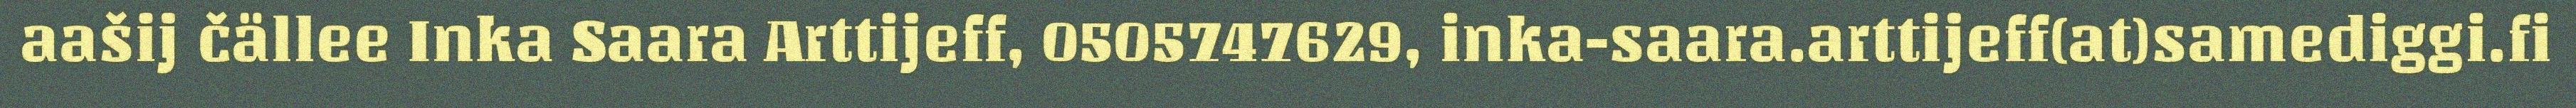
aašij čällee Inka Saara Arttijeff, 0505747629, inka-saara.arttijeff(at)samediggi.fi